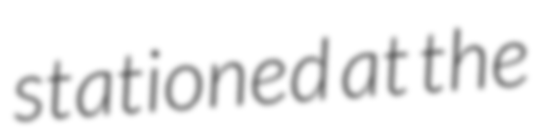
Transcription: stationed at the